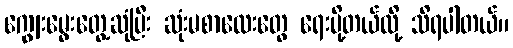
ကျွေးမွေးတွေ့ဆုံပြီး ဆုံးမစာလေးတွေ ရေးပို့တယ်လို့ သိရပါတယ်။